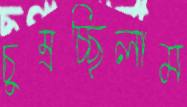
চুম্‌রচ্ছিলাম